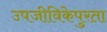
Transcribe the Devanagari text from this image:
उपजीविकेपुरता